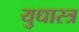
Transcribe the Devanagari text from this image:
युधास्त्र